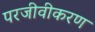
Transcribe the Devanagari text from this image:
परजीवीकरण